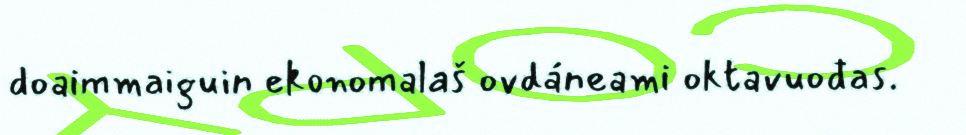
doaimmaiguin ekonomalaš ovdáneami oktavuođas.